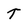
Character: T